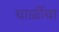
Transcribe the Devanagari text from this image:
चाळींचा